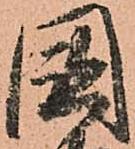
國